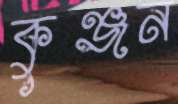
কুঞ্জন